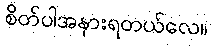
စိတ်ပါအနားရတယ်လေ။